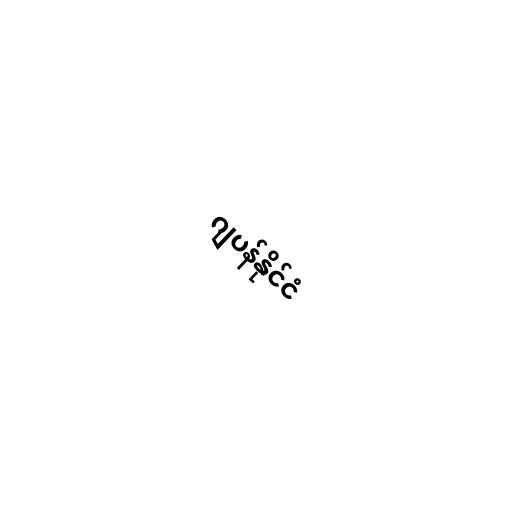
ဂျပန်နိုင်ငံ